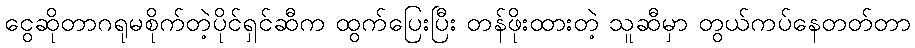
ငွေဆိုတာဂရုမစိုက်တဲ့ပိုင်ရှင်ဆီက ထွက်ပြေးပြီး တန်ဖိုးထားတဲ့ သူဆီမှာ တွယ်ကပ်နေတတ်တာ